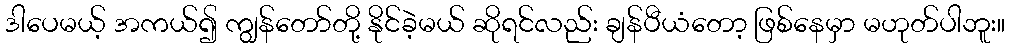
ဒါပေမယ့် အကယ်၍ ကျွန်တော်တို့ နိုင်ခဲ့မယ် ဆိုရင်လည်း ချန်ပီယံတော့ ဖြစ်နေမှာ မဟုတ်ပါဘူး။